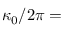
\kappa _ { \mathrm { 0 } } / 2 \pi =